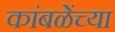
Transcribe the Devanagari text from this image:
कांबळेंच्या